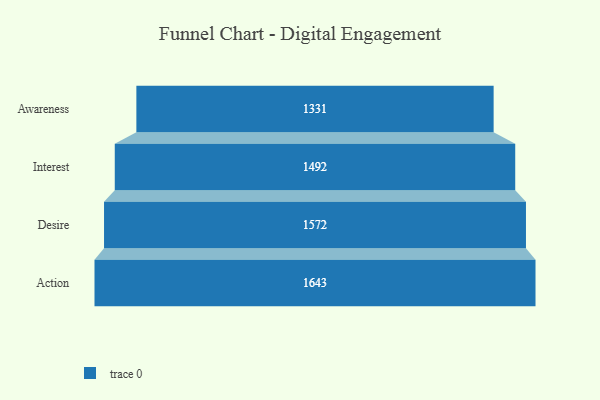
{"axis": {"x": "Stage", "y": "Value"}, "legend": [""], "data": [{"x": "Awareness", "y": 1331.0, "type": ""}, {"x": "Interest", "y": 1492.0, "type": ""}, {"x": "Desire", "y": 1572.0, "type": ""}, {"x": "Action", "y": 1643.0, "type": ""}]}